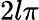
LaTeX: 2l\pi